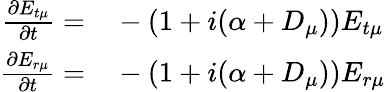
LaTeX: \begin{array}{rl}{\frac{\partial E_{t\mu}}{\partial t}=}&{{}-(1+i(\alpha+D_{\mu}))E_{t\mu}}\\ {\frac{\partial E_{r\mu}}{\partial t}=}&{{}-(1+i(\alpha+D_{\mu}))E_{r\mu}}\end{array}